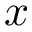
x